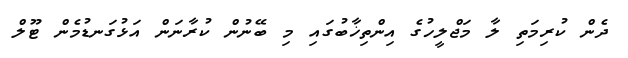
ދެން ކުރިމަތި ލާ މަޖްލީހުގެ އިންތިޚާބުގައި މި ބޭނުން ކުރާނަން އަޅުގަނޑުމެން ޓޫލް